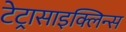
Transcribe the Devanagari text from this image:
टेट्रासाइक्लिन्स